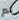
لم